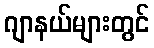
ဂျာနယ်များတွင်